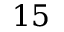
1 5